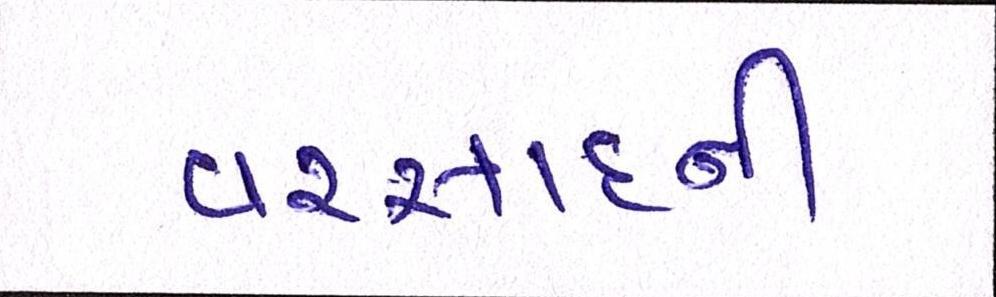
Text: વરસાદની